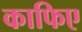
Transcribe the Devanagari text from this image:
काफिए